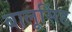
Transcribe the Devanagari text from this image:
बालूसिंह